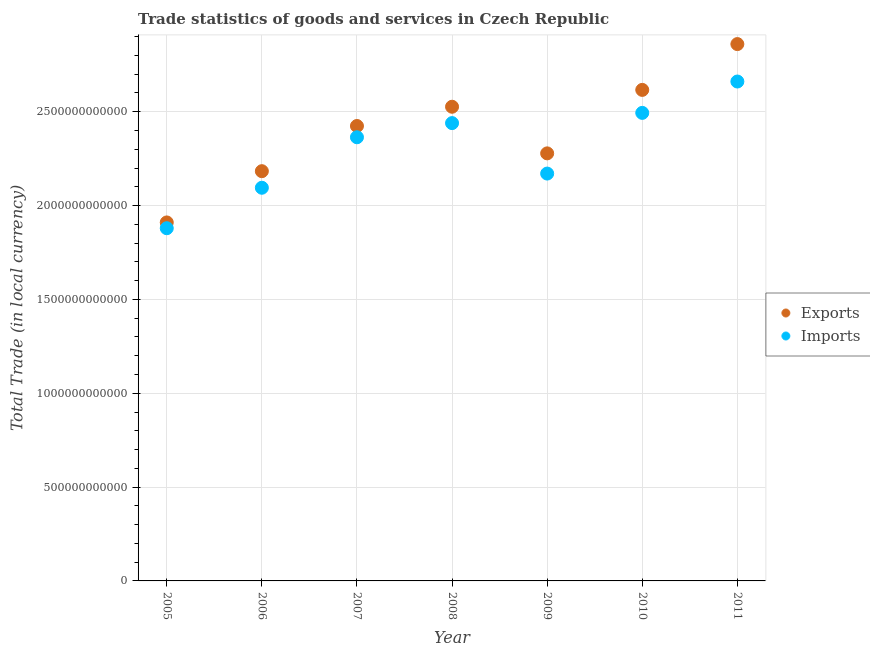
| Year | Exports | Imports |
 | --- | --- | --- |
 | 2005 | 1.91e+12 | 1.88e+12 |
 | 2006 | 2.18e+12 | 2.09e+12 |
 | 2007 | 2.42e+12 | 2.36e+12 |
 | 2008 | 2.53e+12 | 2.44e+12 |
 | 2009 | 2.28e+12 | 2.17e+12 |
 | 2010 | 2.62e+12 | 2.49e+12 |
 | 2011 | 2.86e+12 | 2.66e+12 |